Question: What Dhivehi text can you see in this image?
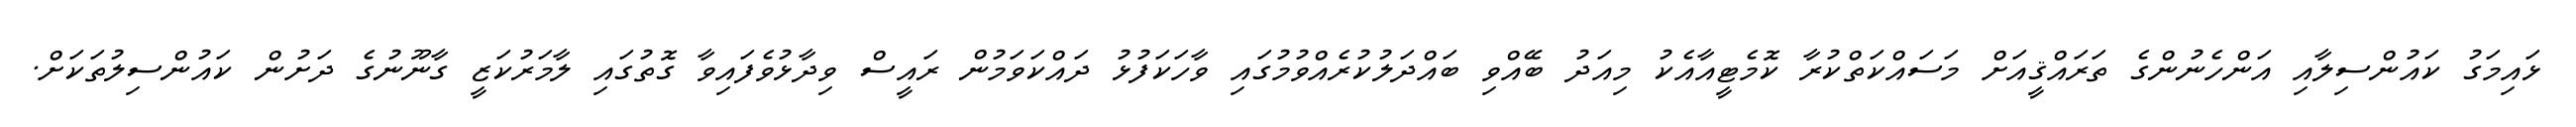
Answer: ޅައިމަގު ކައުންސިލާއި އަންހެނުންގެ ތަރައްޤީއަށް މަސައްކަތްކުރާ ކޮމެޓީއާއެކު މިއަދު ބޭއްވި ބައްދަލުކުރެއްވުމުގައި ވާހަކަފުޅު ދައްކަވަމުން ރައީސް ވިދާޅުވެފައިވާ ގޮތުގައި ލާމަރުކަޒީ ގާނޫނުގެ ދަށުން ކައުންސިލުތަކަށް.